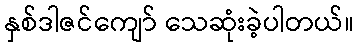
နှစ်ဒါဇင်ကျော် သေဆုံးခဲ့ပါတယ်။